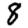
Digit: 8